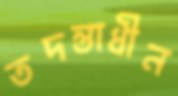
তদন্তাধীন